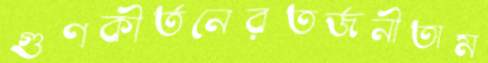
গুণকীর্তনেরতর্জনীতাম